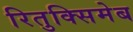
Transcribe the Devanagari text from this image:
रितुक्सिमेब